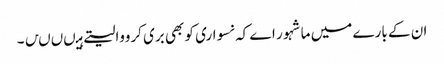
ان کے بارے میں ماشہور اے کہ نسواری کو بھی بری کرووالیتے ہیںںںں۔